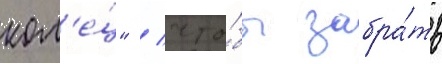
кол'е́ц" / что́бы забра́ть